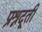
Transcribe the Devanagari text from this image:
प्रश्नदूती